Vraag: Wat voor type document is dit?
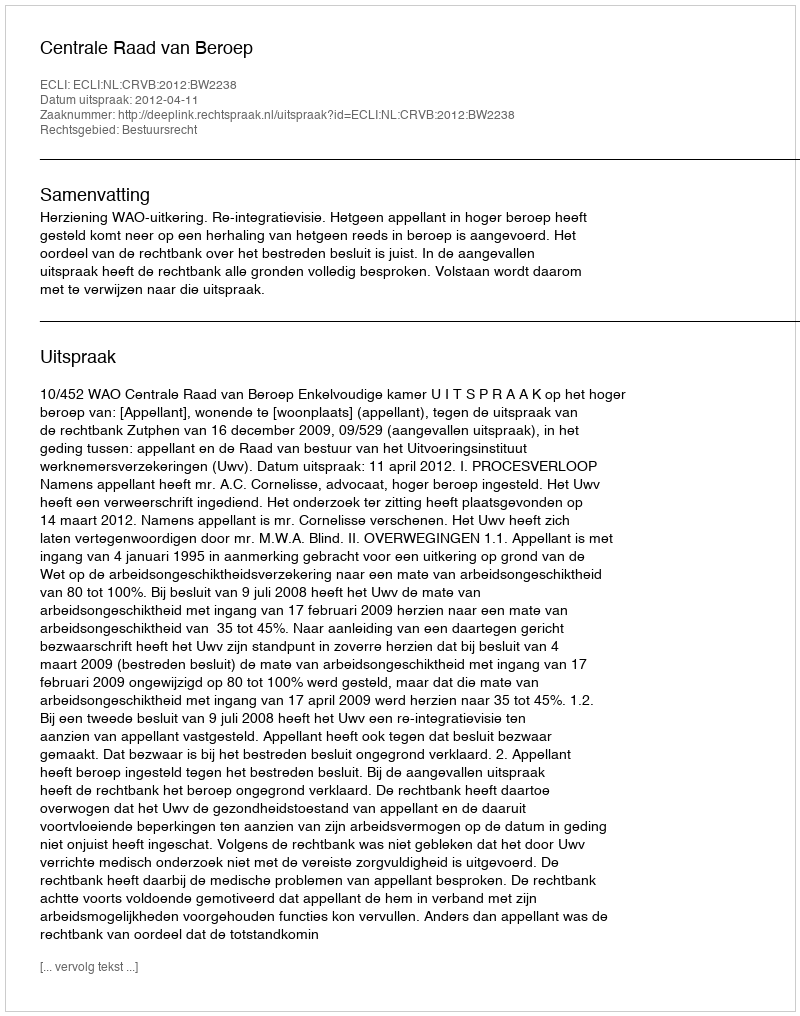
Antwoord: Uitspraak